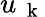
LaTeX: u_{\mathrm{~\mathbf~k~}}